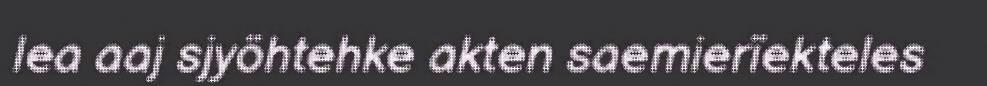
lea aaj sjyöhtehke akten saemierïekteles